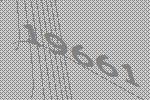
19661